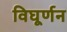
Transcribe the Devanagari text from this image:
विघूर्णन